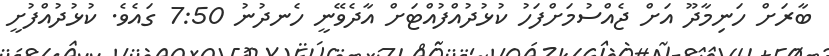
ބާރަށް ހަނިމާދޫ އަށް ޖެއްސުމަށްފަހު ކުޅުދުއްފުއްޓަށް އާދެވޭނީ ހެނދުނު 7:50 ގައެވެ. ކުޅުދުއްފުށީ